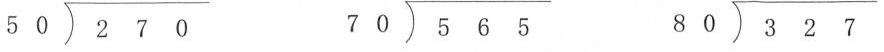
$$\longdiv { 2 7 0 } { 5 0 }$$ $$\longdiv { 5 6 5 } { 7 0 }$$ $$\longdiv { 3 2 7 } { 8 0 }$$